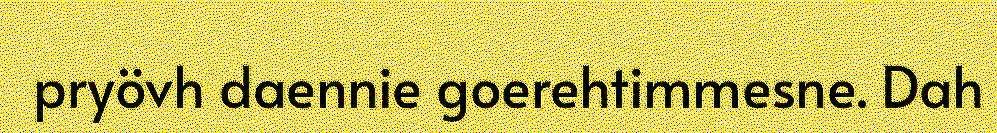
pryövh daennie goerehtimmesne. Dah